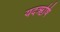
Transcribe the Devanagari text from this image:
यदऋषि